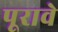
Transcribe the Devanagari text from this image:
पूरावे